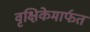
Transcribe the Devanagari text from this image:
वृक्षिकेमार्फत